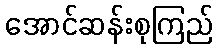
အောင်ဆန်းစုကြည်